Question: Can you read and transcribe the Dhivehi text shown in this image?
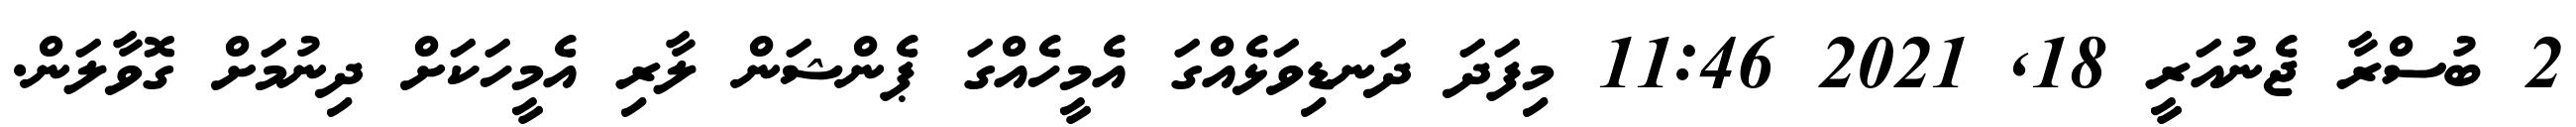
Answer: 2 ބުސްރާ ޖެނުއަރީ 18, 2021 11:46 މިފަދަ ދަނޑިވަޅެއްގަ އެމީހެއްގަ ޕެންޝަން ލާރި އެމީހަކަށް ދިނުމަށް ގޮވާލަން.